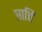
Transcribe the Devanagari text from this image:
प्ताचिं